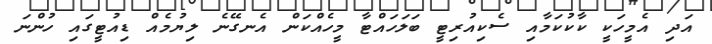
އަދި އެމީހަކީ ކާކުކަމާއި ސެކިއުރިޓީ ބަލަހައްޓާ މީހެއްކަން އެނގޭނެ ލިޔުމެއް ޑިއުޓީގައި ހުންނަ